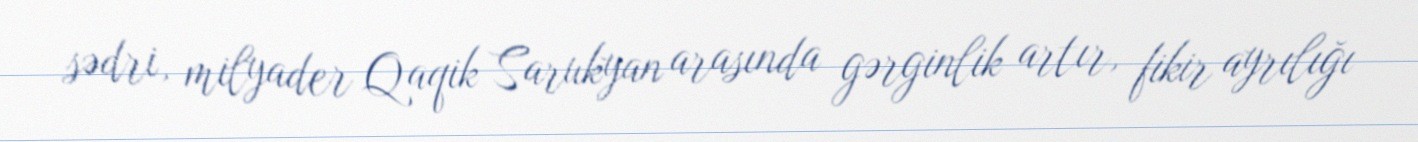
sədri, milyader Qaqik Sarukyan arasında gərginlik artır, fikir ayrılığı